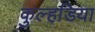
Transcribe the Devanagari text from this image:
कुल्हडि़या